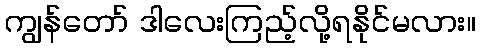
ကျွန်တော် ဒါလေးကြည့်လို့ရနိုင်မလား။